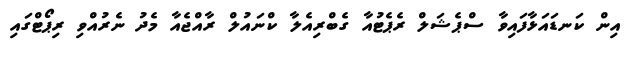
އިން ކަނޑައަޅާފައިވާ ސްޕެޝަލް ރެޕެޓުއާ ގެބްރިއެލާ ކްނައުލް ރާއްޖެއާ މެދު ނެރުއްވި ރިޕޯޓްގައި